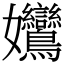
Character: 𡤻